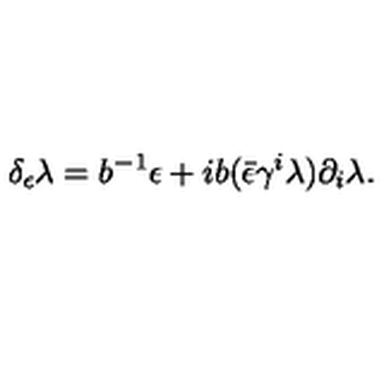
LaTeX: \delta _ { \epsilon } \lambda = b ^ { - 1 } \epsilon + i b ( \bar { \epsilon } \gamma ^ { i } \lambda ) \partial _ { i } \lambda .